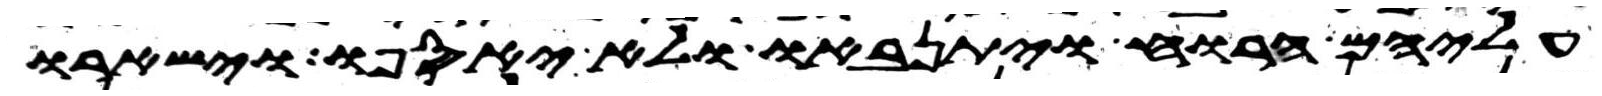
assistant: עליהם הרוח ויתנאבו ולא יאספו וישארו